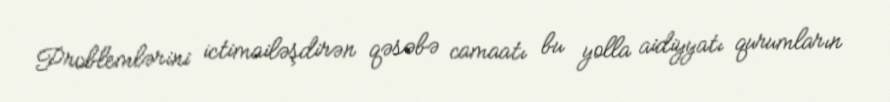
Problemlərini ictimailəşdirən qəsəbə camaatı bu yolla aidiyyatı qurumların